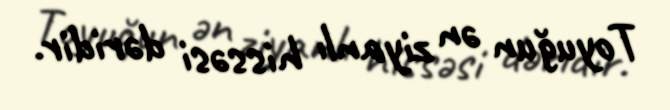
Toyuğun ən ziyanlı hissəsi dəridir.